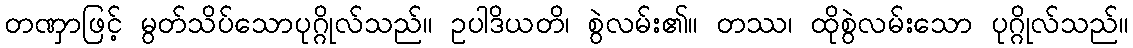
တဏှာဖြင့် မွတ်သိပ်သောပုဂ္ဂိုလ်သည်။ ဥပါဒိယတိ၊ စွဲလမ်း၏။ တဿ၊ ထိုစွဲလမ်းသော ပုဂ္ဂိုလ်သည်။